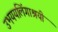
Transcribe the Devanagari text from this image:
उभययलिंगाश्रयी